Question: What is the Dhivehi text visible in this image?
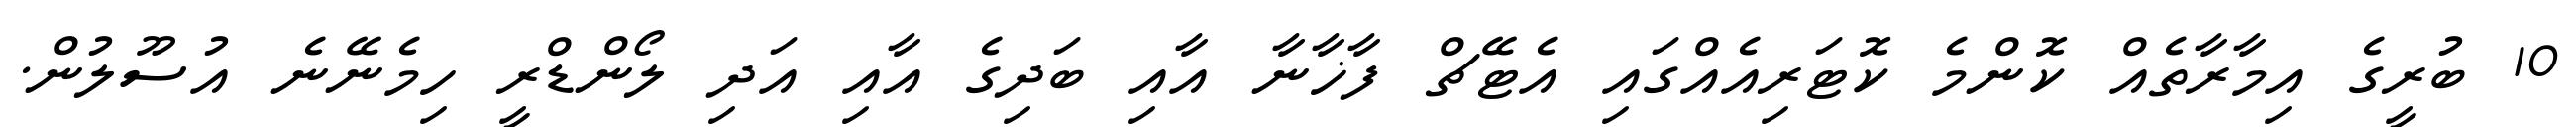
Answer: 10 ބުރީގެ އިމާރާތެއް ކޮންމެ ކޮޓަރިއެއްގައި އެޓޭޗް ފާޚާނާ އާއި ބަދިގެ އާއި އަދި ލޯންޑްރީ ހިމެނޭނެ އުސޫލުން.